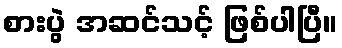
စားပွဲ အဆင်သင့် ဖြစ်ပါပြီ။